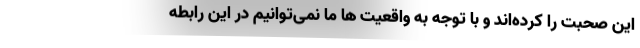
این صحبت را کرده‌اند و با توجه به واقعیت ها ما نمی‌توانیم در این رابطه